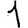
Digit: 1